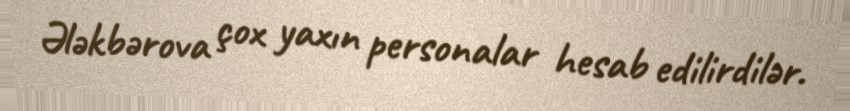
Ələkbərova çox yaxın personalar hesab edilirdilər.